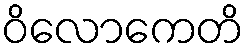
ဝိလောကေတိ